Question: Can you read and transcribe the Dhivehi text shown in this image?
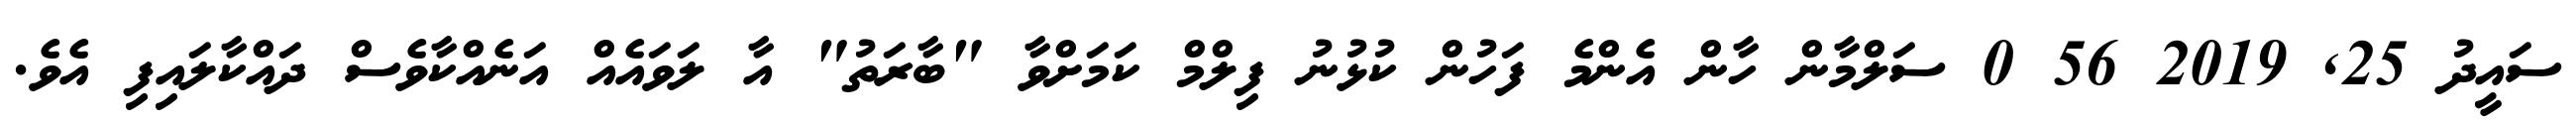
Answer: ސައީދު 25, 2019 56 0 ސަލްމާން ހާން އެންމެ ފަހުން ކުޅުނު ފިލްމް ކަމަށްވާ "ބާރަތު" އާ ލަވައެއް އަނެއްކާވެސް ދައްކާލައިފި އެވެ.